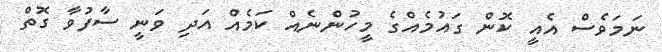
ނަމަވެސް އެއީ ކޮން ގައުމެއްގެ މީހުންނެއް ކަމެއް އަދި ވަނީ ސާފުވާ ގޮތް